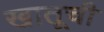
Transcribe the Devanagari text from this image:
खातूची